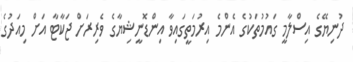
ދުނިޔޭގެ އިސްލާމީ ގައުމުތަކުގެ އެންމެ އިރުމަތީގައިވާ އިންޑޮނީޝިޔާގެ ވެރިރަށް ޖަކާޓާ އަށް މިއަދުގެ